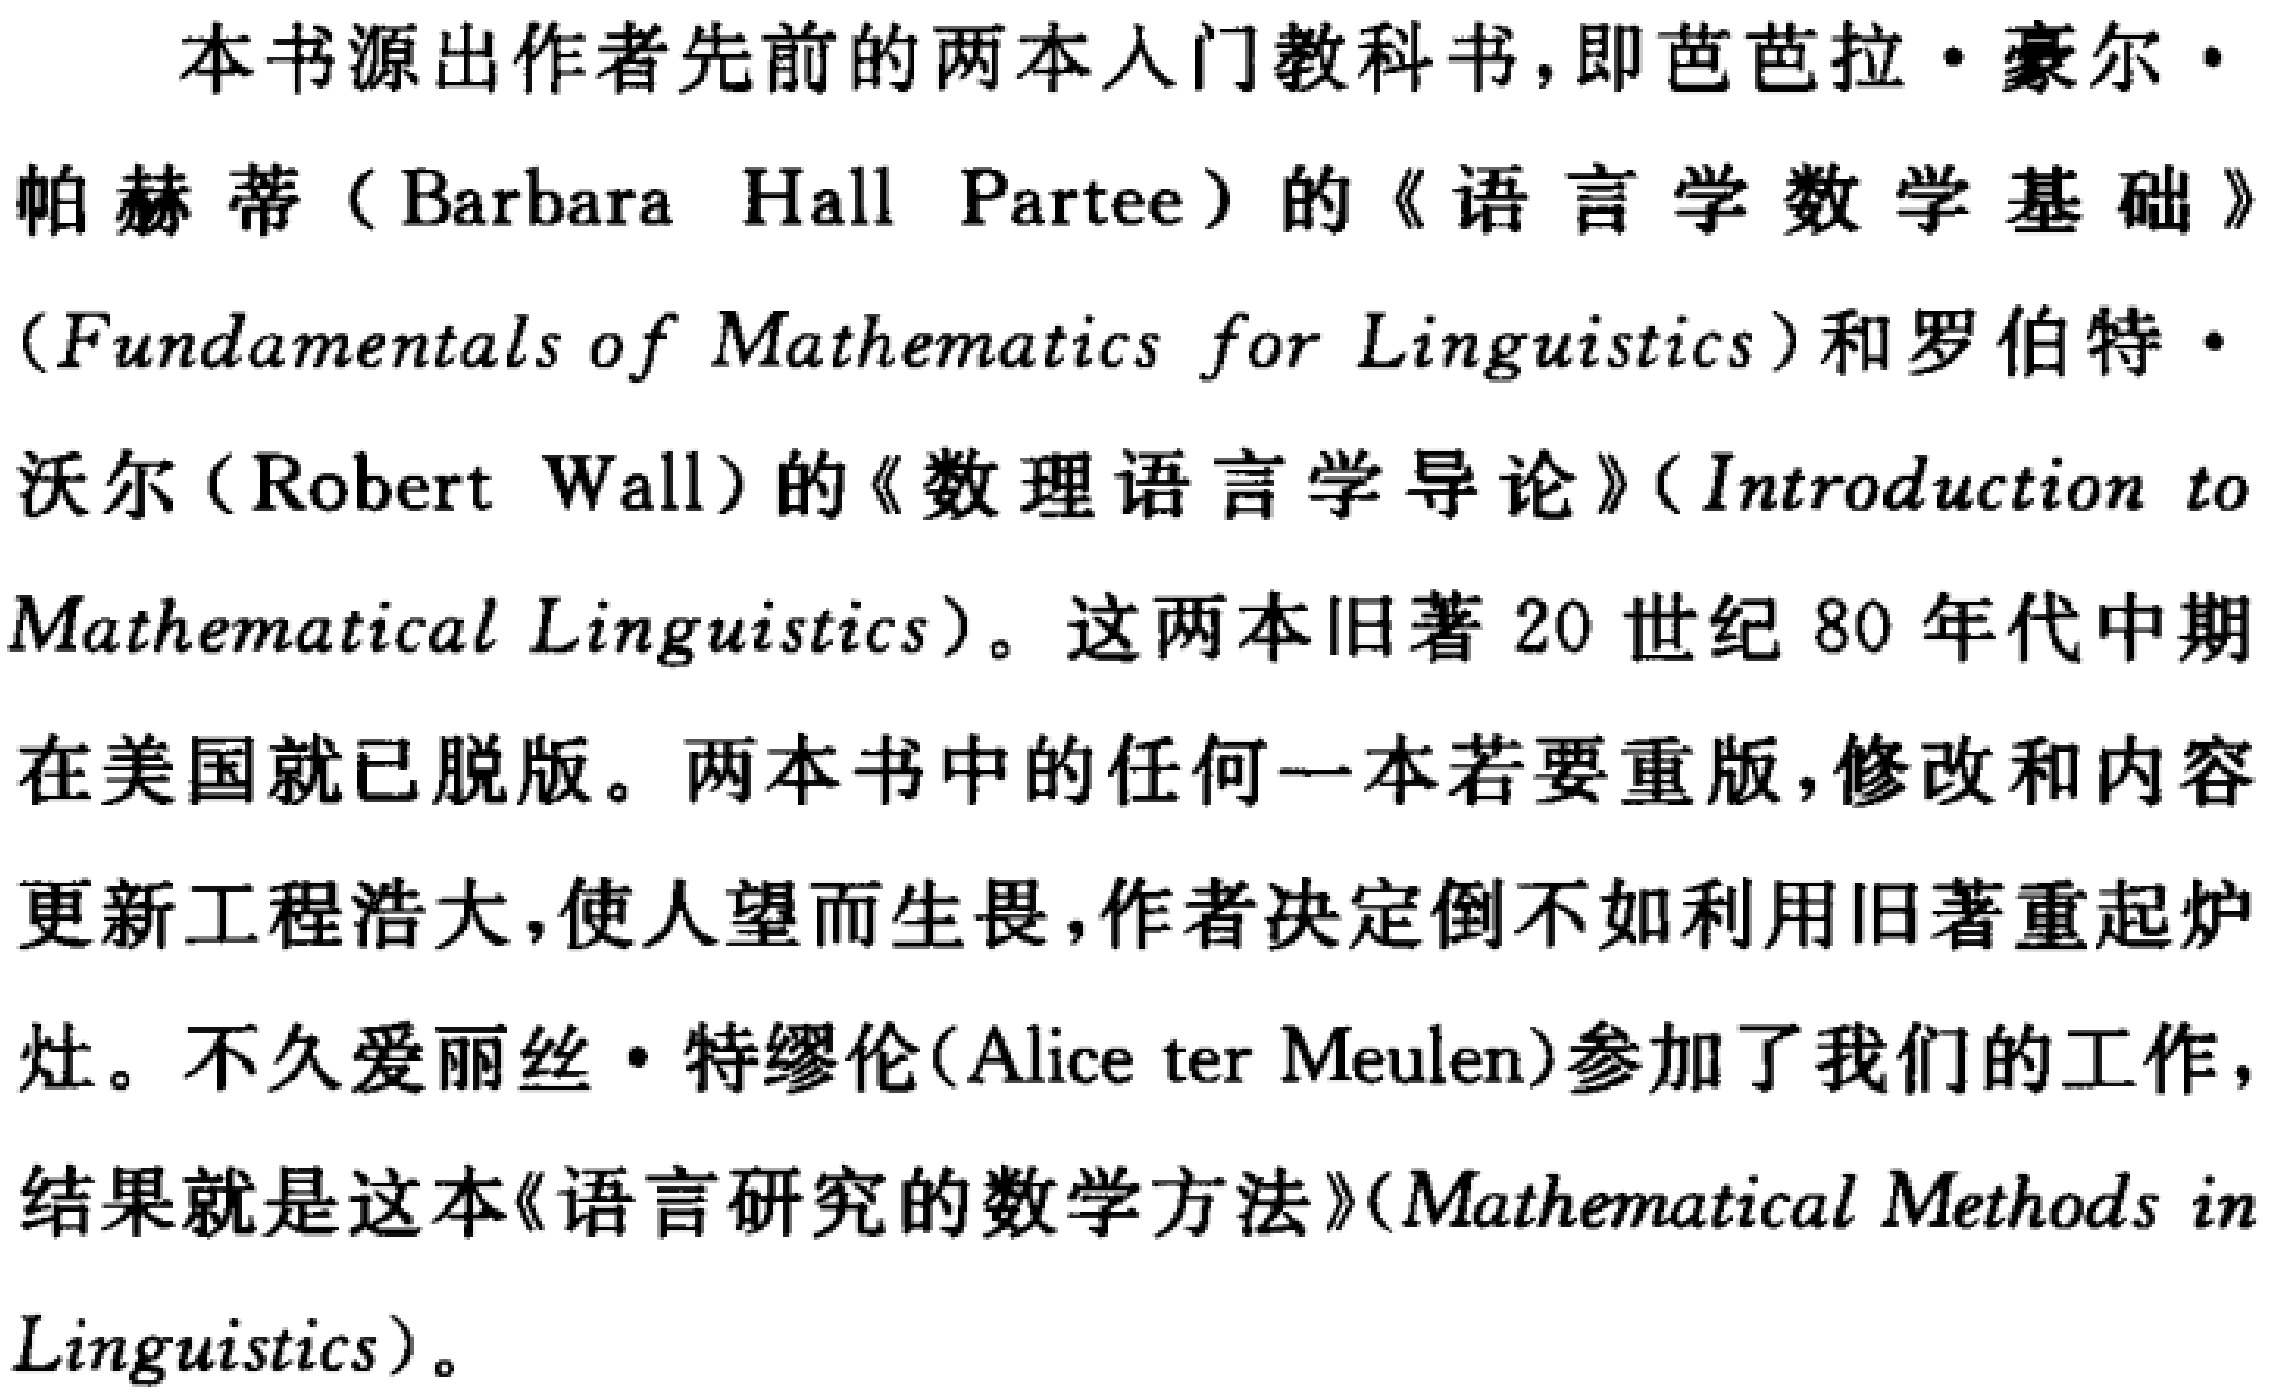
本书源出作者先前的两本入门教科书，即巴巴拉·豪尔·

帕赫蒂（Barbara Hall Partee）的《语言学数学基础》

（Fundamentals of Mathematics for Linguistics）和罗伯特·

沃尔（Robert Wall）的《数理语言学导论》（Introduction to

Mathematical Linguistics）。这两本旧著20世纪80年代中期

在美国就已脱版。两本书中的任何一本若要重版，修改和内容

更新工程浩大，使人望而生畏，作者决定倒不如利用旧著重起炉

灶。不久爱丽丝·特缪伦（Alice ter Meulen）参加了我们的工作，

结果就是这本《语言研究的数学方法》（Mathematical Methods in

Linguistics）。